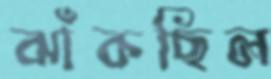
ঝাঁকছিল